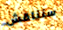
سنناقش